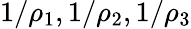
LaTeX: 1/\rho_{1},1/\rho_{2},1/\rho_{3}